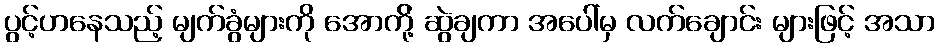
ပွင့်ဟနေသည့် မျက်ခွံများကို အောက်ို့ ဆွဲချကာ အပေါ်မှ လက်ချောင်း များဖြင့် အသာ